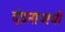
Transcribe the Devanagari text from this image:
दंडनाथाची